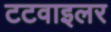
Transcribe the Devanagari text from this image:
टटवाइलर